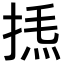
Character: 𢯁